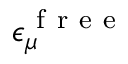
\epsilon _ { \mu } ^ { \mathrm { ~ f ~ r ~ e ~ e ~ } }